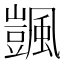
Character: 颽